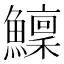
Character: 𩼤